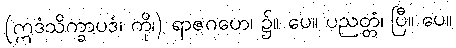
(ဣဒံသိက္ခာပဒံ၊ ကို၊) ရာဇဂဟေ၊ ၌။ ပေ။ ပညတ္တံ၊ ပြီ။ ပေ။